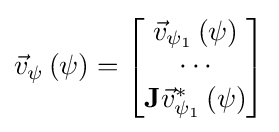
{\vec {v}}_{\psi }\left(\psi \right)={\begin{bmatrix}{\vec {v}}_{\psi _{1}}\left(\psi \right)\\\cdots \\{\textbf {J}}{\vec {v}}_{\psi _{1}}^{*}\left(\psi \right)\end{bmatrix}}